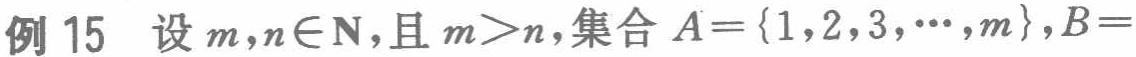
例 15 设 \(m,n\in\mathbb{N}\)，且 \(m > n\)，集合 \(A = \{1,2,3,\cdots,m\}\)，\(B =\)